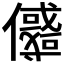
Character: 𠐲